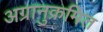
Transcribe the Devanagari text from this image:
अग्रानुक्रमित